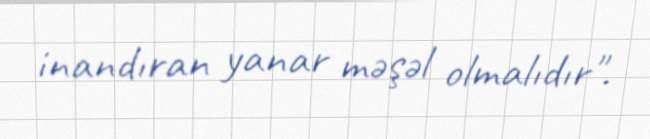
inandıran yanar məşəl olmalıdır".